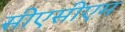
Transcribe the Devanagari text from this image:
सीएसीएम